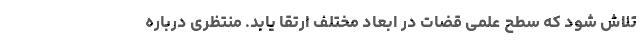
تلاش شود که سطح علمی قضات در ابعاد مختلف ارتقا یابد. منتظری درباره